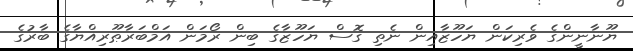
ޔޫނާނީންގެ ވެރިކަން ޔަހޫޒާއިން ނެތި ގޮސް ޔަހޫޒާގެ ބިން ރޯމަން އަމްބަރާޠޫރިއްޔާގެ ބާރުގެ